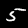
Digit: 5